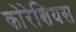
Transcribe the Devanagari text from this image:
कोरेशियस